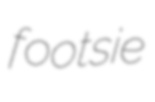
footsie